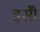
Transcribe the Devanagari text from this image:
इसॅी